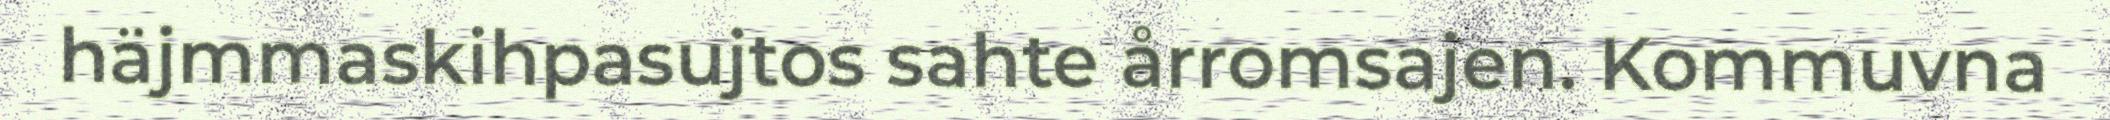
häjmmaskihpasujtos sahte årromsajen. Kommuvna